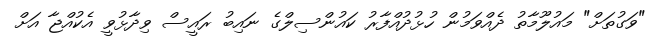
"ވަގުތަށް" މައުލޫމާތު ދެއްވަމުން ހުޅުދުއްފާރު ކައުންސިލްގެ ނައިބު ރައީސް ވިދާޅުވީ އެކުއްޖާ އަށް